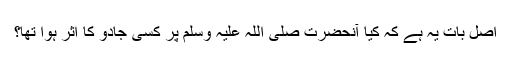
اصل بات یہ ہے کہ کیا آنحضرت صلی اللہ علیہ وسلم پر کسی جادو کا اثر ہوا تھا؟